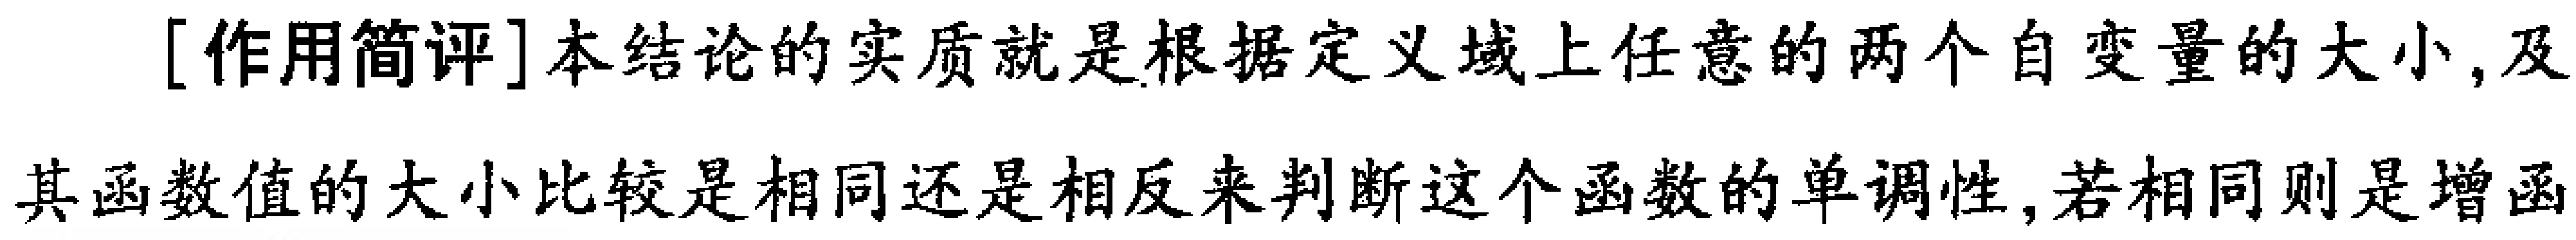
[作用简评]本结论的实质就是根据定义域上任意的两个自变量的大小,及

其函数值的大小比较是相同还是相反来判断这个函数的单调性,若相同则是增函